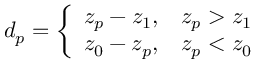
d _ { p } = \left\{ \begin{array} { l l } { z _ { p } - z _ { 1 } , } & { z _ { p } > z _ { 1 } } \\ { z _ { 0 } - z _ { p } , } & { z _ { p } < z _ { 0 } } \end{array} \right.